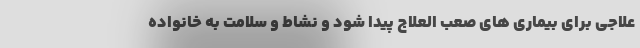
علاجی برای بیماری های صعب العلاج پیدا شود و نشاط و سلامت به خانواده